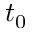
t _ { 0 }